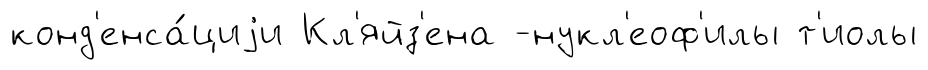
конд'енса́циjи Кл'яйз'ена -нукл'еоф'илы т'иолы